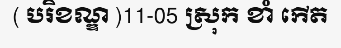
( បរិខណ្ឌ )11-05 ស្រុក ខាំ កើត